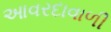
આવરદાવાળી